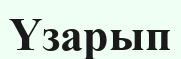
Үзарып